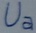
Text: Ua